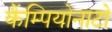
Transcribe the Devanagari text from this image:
कैंम्पियोनाटो